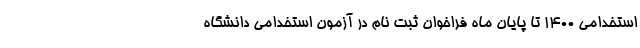
استخدامی ۱۴۰۰ تا پایان ماه فراخوان ثبت نام در آزمون استخدامی دانشگاه